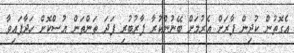
އެގޮތުން ކުދިން ފާރަށް އެރުމަށް ބޭނުންކުރާ ފާރުބުރި ފަދަ ތަންތަން އުސްކޮށް ހަދާފައިވާ